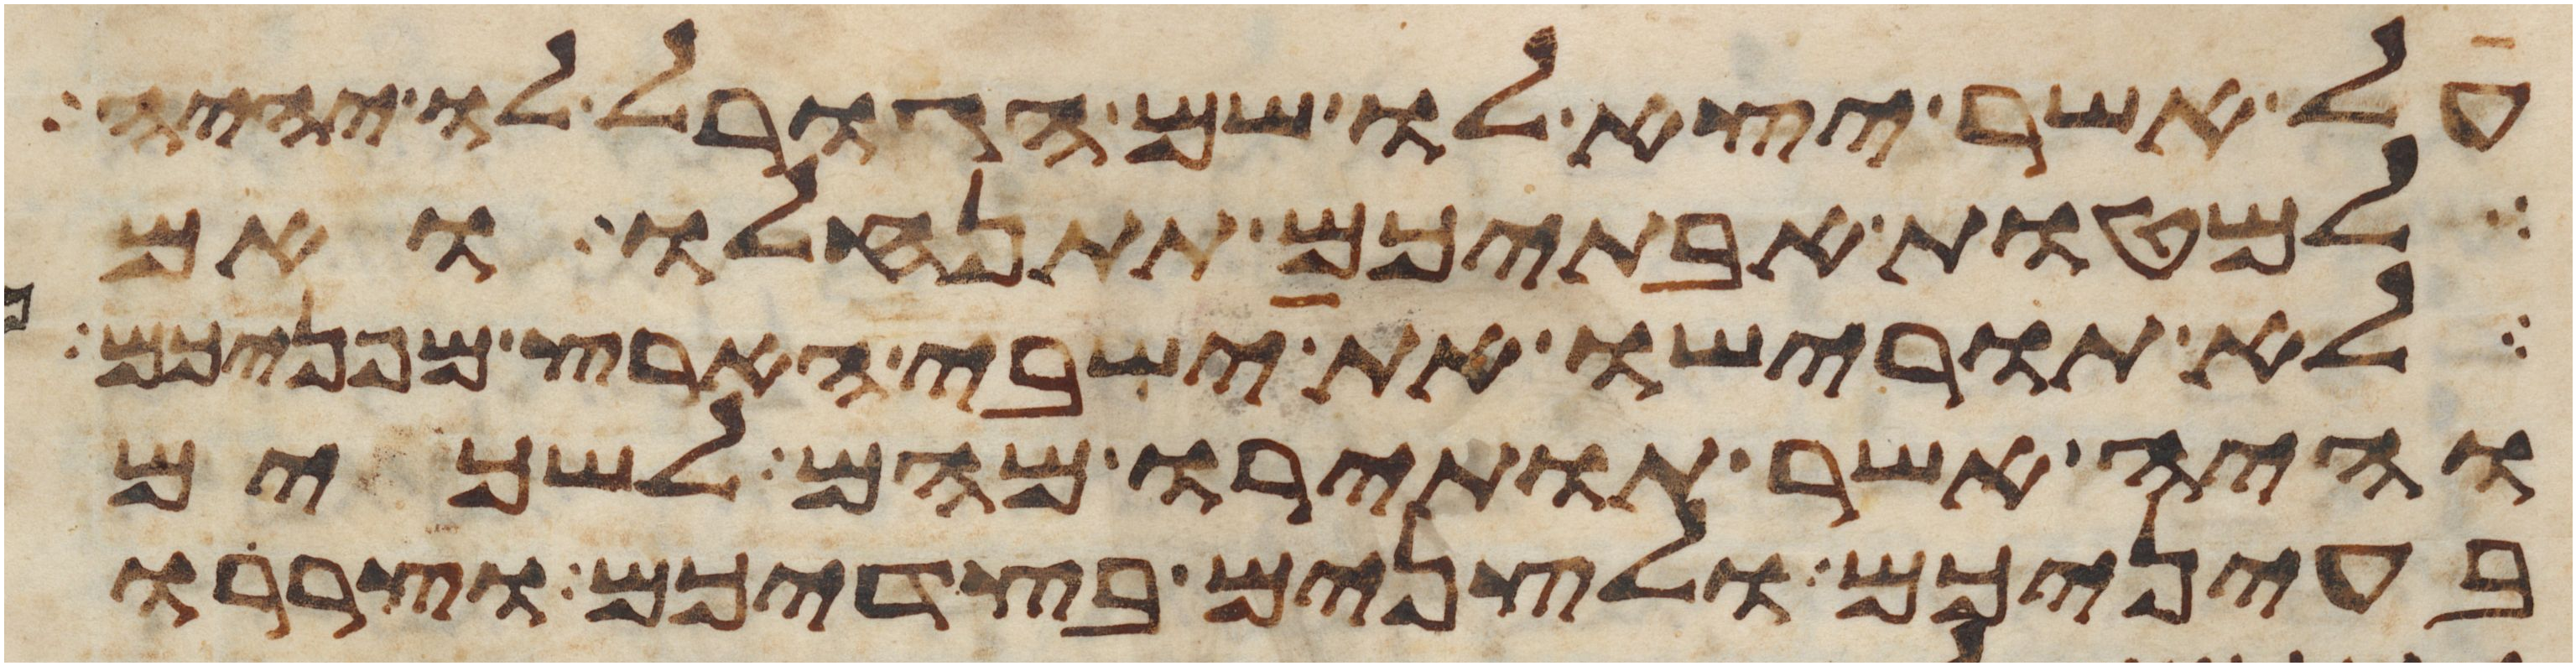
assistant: על אשר יצא לו שם הגורל לו יהיה
למטות אבתיכם תתנחלו ואם
לא תורישו את ישבי הארץ מפניכם
והיה אשר תותירו מהם לשכים
בעיניכם ולצנים בצדיכם וצררו